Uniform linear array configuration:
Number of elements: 12
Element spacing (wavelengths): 1
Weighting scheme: hamming
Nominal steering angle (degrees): -60
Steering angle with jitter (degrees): -60.879
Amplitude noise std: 0.05
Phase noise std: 0.05

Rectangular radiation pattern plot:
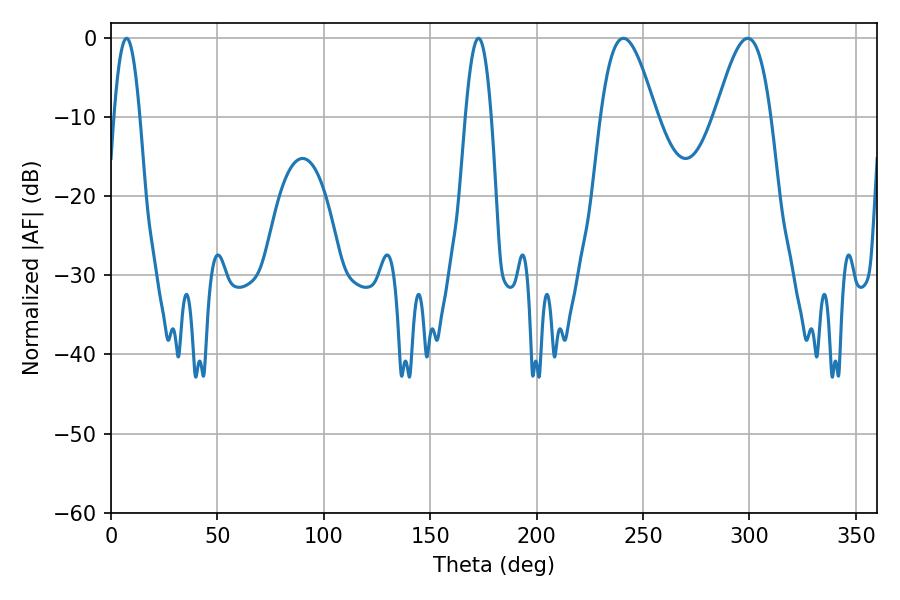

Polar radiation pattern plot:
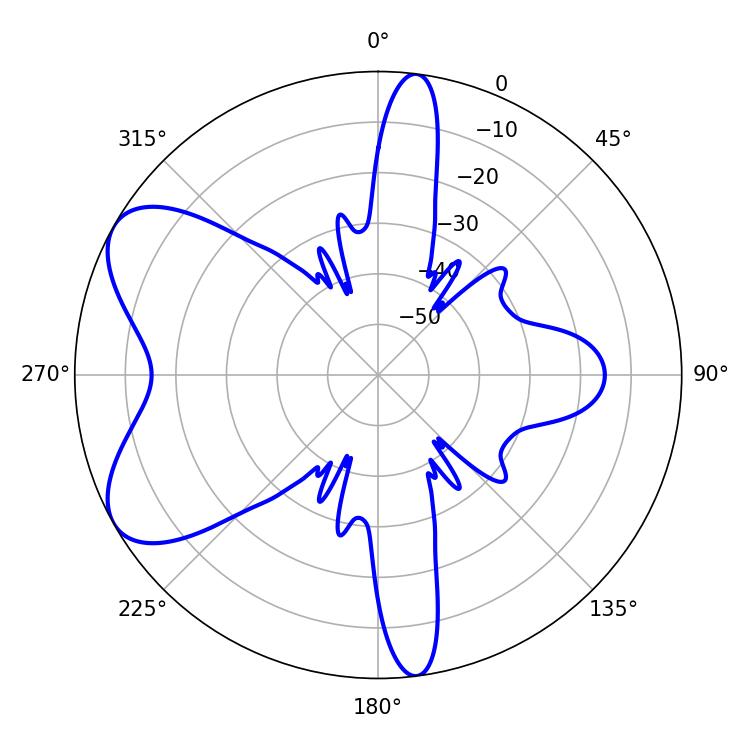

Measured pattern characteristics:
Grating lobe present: TRUE
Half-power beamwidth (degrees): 14.04
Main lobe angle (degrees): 240.84